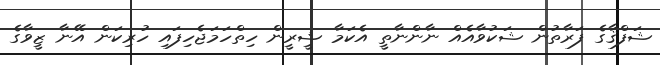
ޝަފްޤާގެ ފަރާތުން ޝަކުވާއެއް ނާންނާތީ އެކަމާ ޝީރީން ހިތްހަމަޖެހިފައި ހުރިކަން އޭނާ ޒީވާގެ